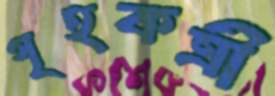
গৃহকত্রী